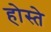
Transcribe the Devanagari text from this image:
होस्ते